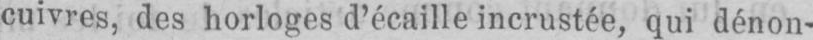
cuivres, des horloges d’écaillé incrustée, qui dénon-